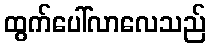
ထွက်ပေါ်လာလေသည်